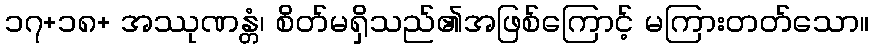
၁၇+၁၈+ အဿုဏန္တံ၊ စိတ်မရှိသည်၏အဖြစ်ကြောင့် မကြားတတ်သော။